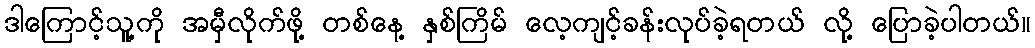
ဒါကြောင့်သူ့ကို အမှီလိုက်ဖို့ တစ်နေ့ နှစ်ကြိမ် လေ့ကျင့်ခန်းလုပ်ခဲ့ရတယ် လို့ ပြောခဲ့ပါတယ်။